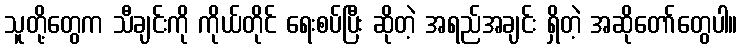
သူတို့တွေက သီချင်းကို ကိုယ်တိုင် ရေးစပ်ပြီး ဆိုတဲ့ အရည်အချင်း ရှိတဲ့ အဆိုတော်တွေပါ။